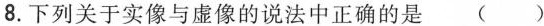
8.下列关于实像与虚像的说法中正确的是()